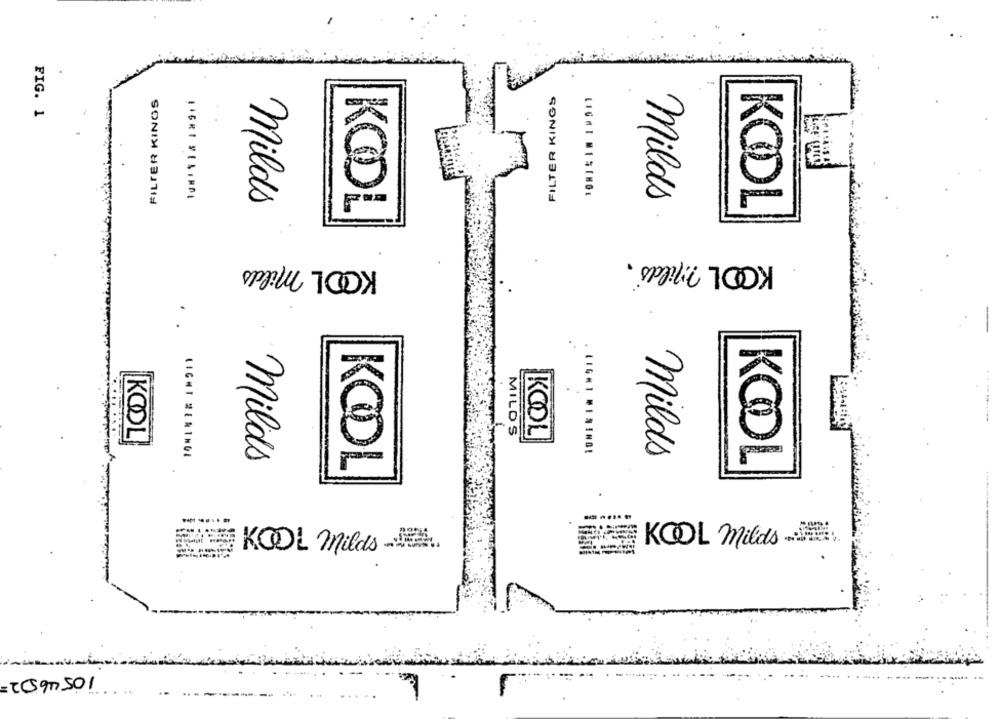
FILTER KINOS
FILTER KINGS
FIG. 1
LIGHT MESINGE
Milds
Milds
KODL
KODL
KOOL Milds .
KOOL milds
KOOL
MILDS
KOOL
LIGHT #ENING1
Milds
milds
KOOL
KODL
KOOL milds -.......
KOOL milds -
.. ..